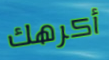
أكرهك